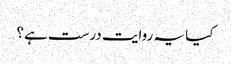
کیا یہ روایت درست ہے؟